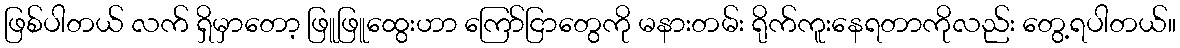
ဖြစ်ပါတယ် လက် ရှိမှာတော့ ဖြူဖြူထွေးဟာ ကြော်ငြာတွေကို မနားတမ်း ရိုက်ကူးနေရတာကိုလည်း တွေ့ရပါတယ်။